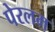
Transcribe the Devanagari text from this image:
पेरलम